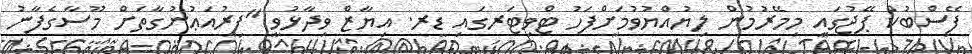
ފޭސްބުކް ޕޭޖުގައި މިމޭރުމުން ލިޔުއްޔުވުމަށްފަހު ޓްވިޓަރގައި ޑރ. އިޔާޒް ވިދާޅުވީ "ފިރުއަޢުނުގާތަށް މޫސާގެފާނު